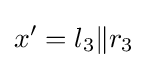
x'=l_{3}\|r_{3}